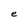
Character: e